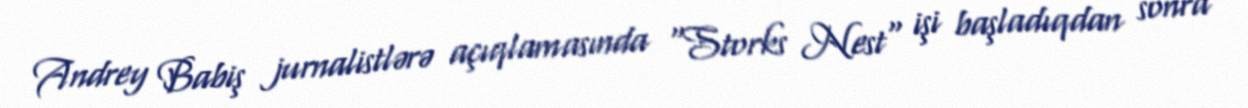
Andrey Babiş jurnalistlərə açıqlamasında "Storks Nest" işi başladıqdan sonra